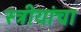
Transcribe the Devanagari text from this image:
स्त्रीयांचा